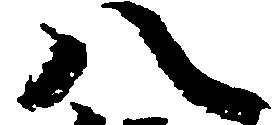
八